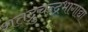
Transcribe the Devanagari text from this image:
शतद्रुचन्द्रभागाद्या